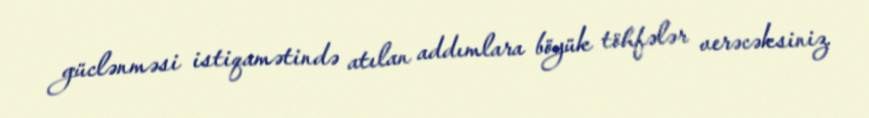
güclənməsi istiqamətində atılan addımlara böyük töhfələr verəcəksiniz.